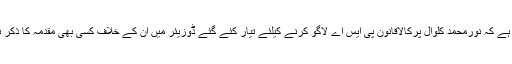
دلچسپ بات یہ ہے کہ نورمحمد کلوال پرکالاقانون پی ایس اے لاگو کرنے کیلئے تیار کئے گئے ڈوزیئر میں ان کے خلاف کسی بھی مقدمہ کا ذکر نہیں کیاگیا ہے۔